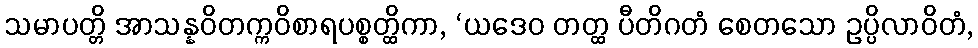
သမာပတ္တိ အာသန္နဝိတက္ကဝိစာရပစ္စတ္ထိကာ, ‘ယဒေဝ တတ္ထ ပီတိဂတံ စေတသော ဥပ္ပိလာဝိတံ,